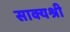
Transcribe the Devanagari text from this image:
साक्यश्री